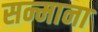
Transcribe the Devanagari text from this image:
सन्माना